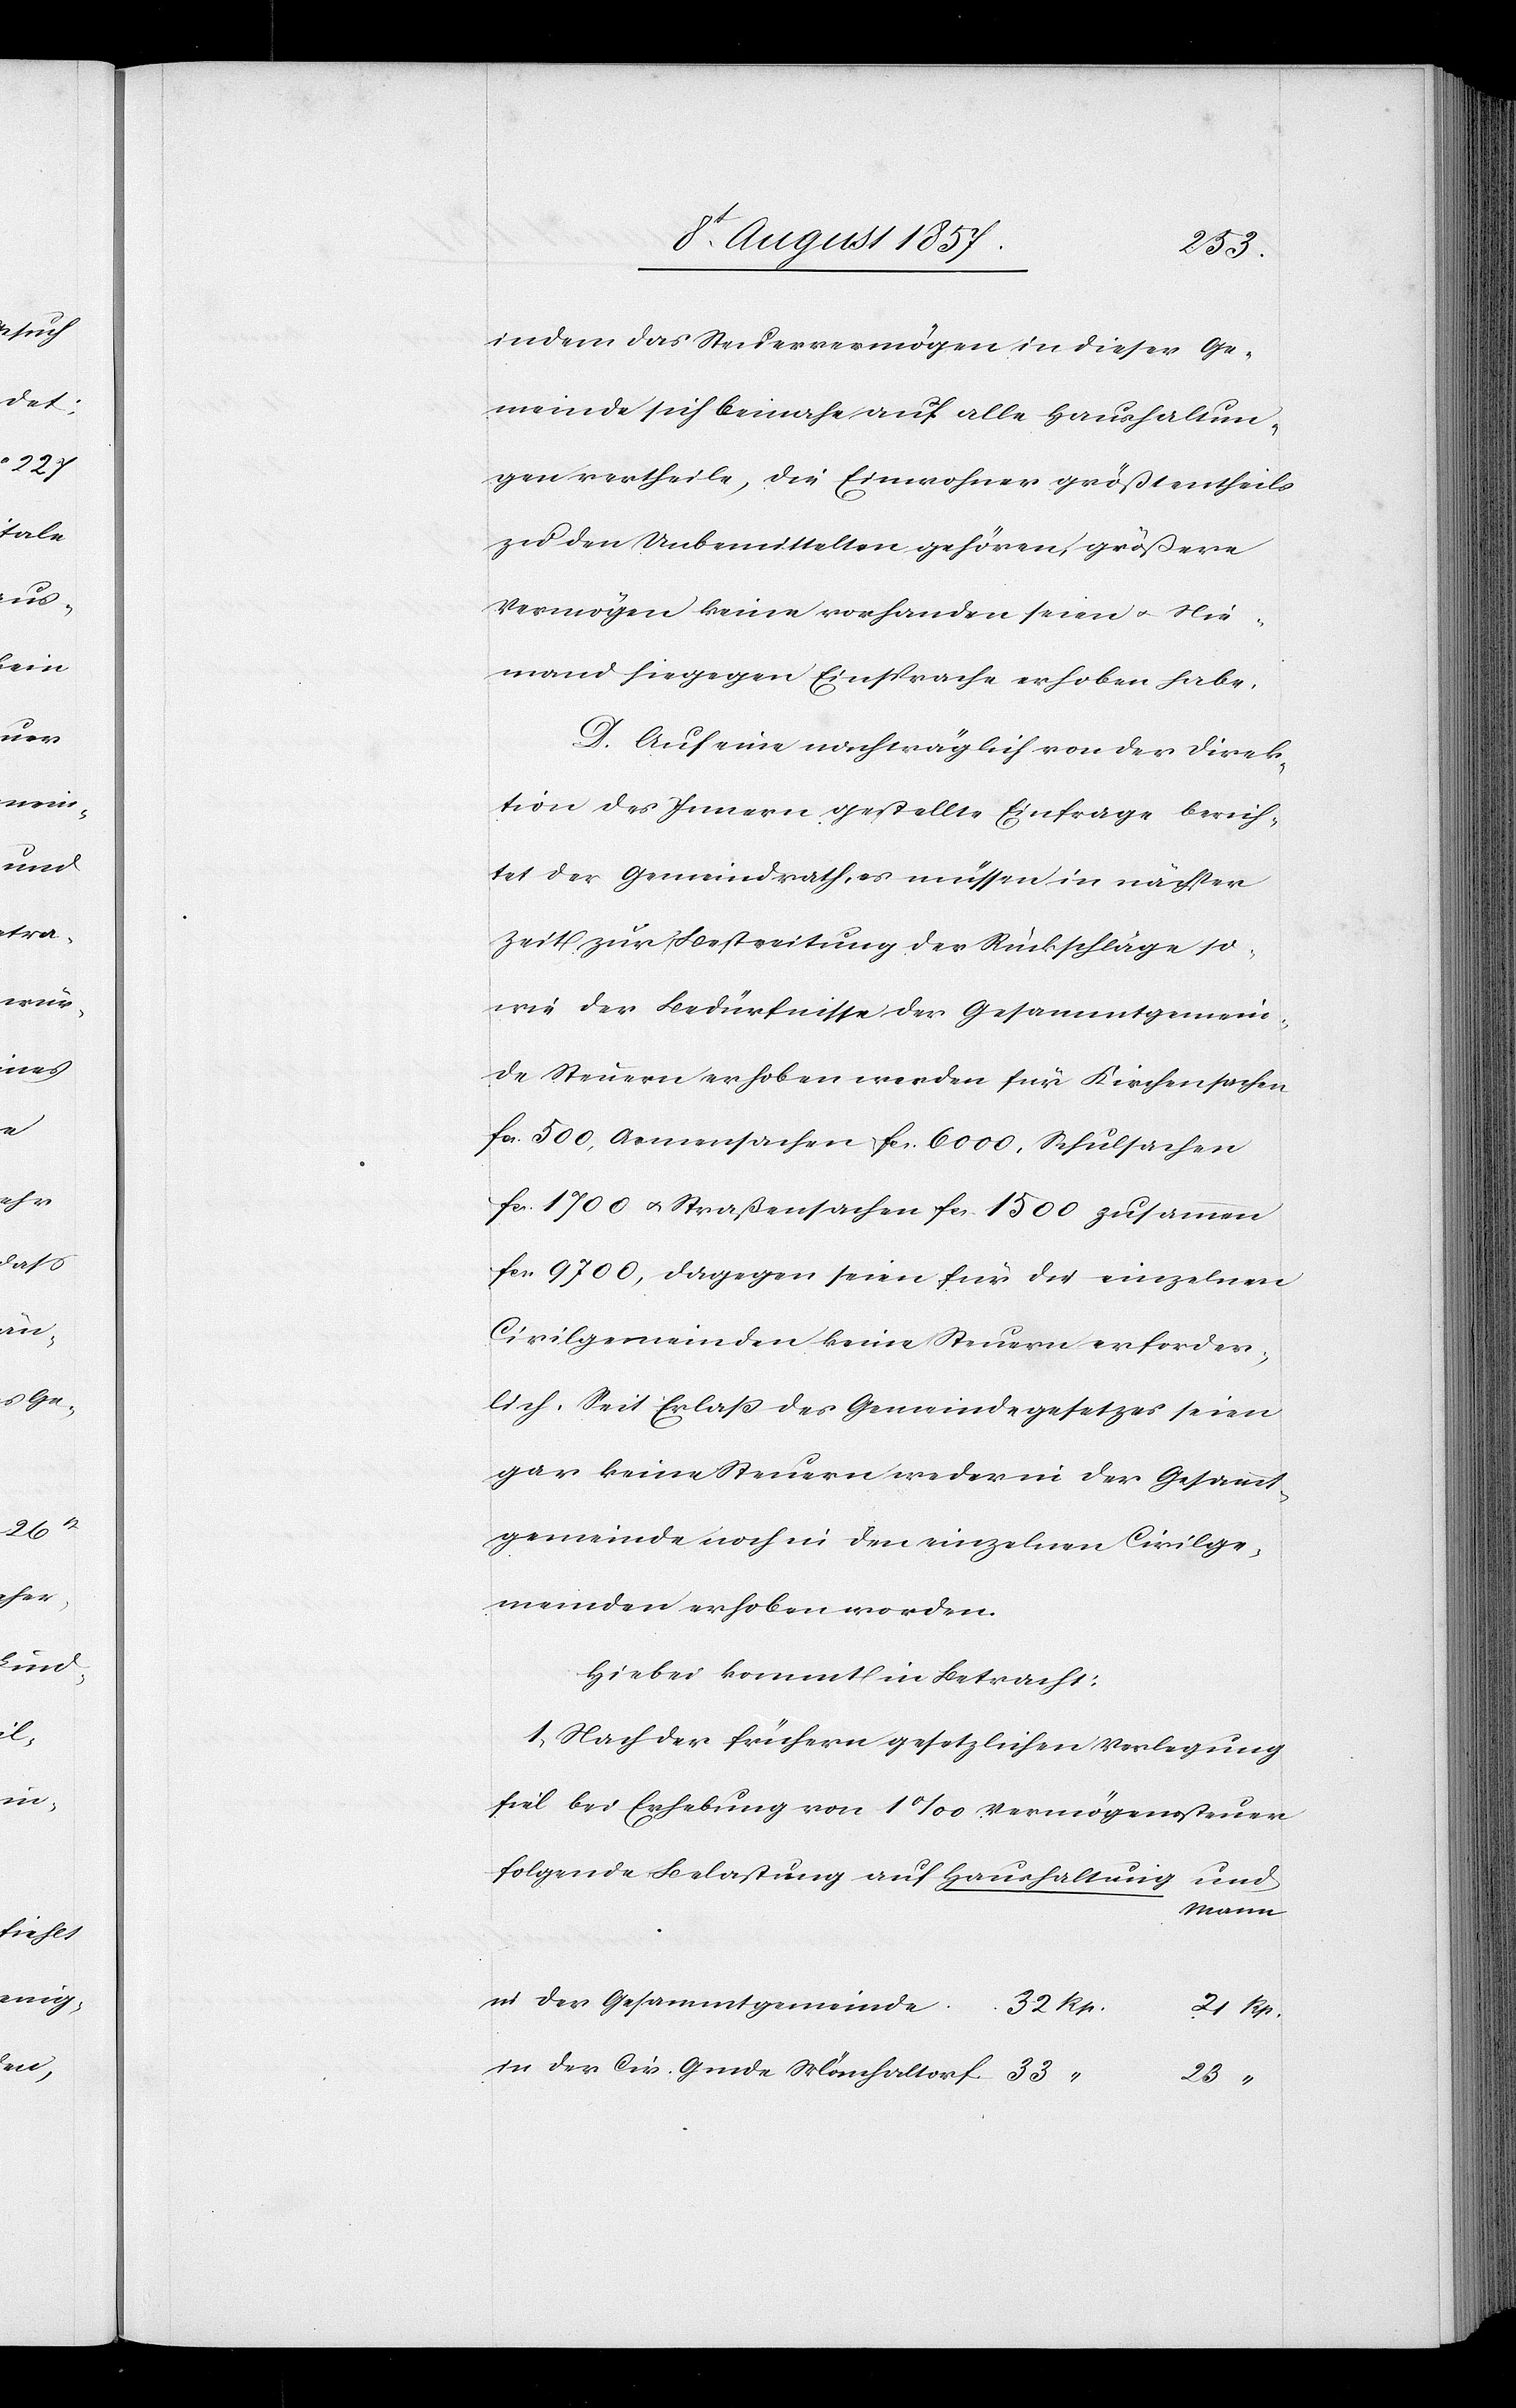
23 “
in dem das Steuervermögen in dieser Ge¬
meinde sich beinahe auf alle Haushaltun¬
gen vertheile, die Einwohner größtentheils
zu den Unbemittelten gehören, größere
Vermögen keine vorhanden seien & Nie¬
mand hiegegen Einsprache erhoben habe.
D. Auf eine nachträglich von der Direk¬
tion des Innern gestellte Einfrage berich¬
tet der Gemeindrath, es müssen in nächster
Zeit zur Bestreitung der Rückschläge so¬
wie der Bedürfnisse der Gesammtgemein¬
de Steuern erhoben werden für Kirchensachen
fcs 500, Armensachen fcs 6 000, Schulsachen
fcs 1 700 & Straßensachen fcs 1 500 zusammen
für 9 700, dagegen seien für die einzelnen
Civilgemeinden keine Steuern erforder¬
lich. Seit Erlaße des Gemeindegesetzes seien
gar keine Steuern weder in der Gesammt¬
gemeinde noch in den einzelnen Civilge¬
meinden erhoben worden.
Hiebei kommt in Betracht:
1, Nach der frühern gesetzlichen Verlegung
sei bei Erhebung von 1‰ Vermögenssteuer
folgende Belastung auf Haushaltung
und
Mann.
in der Gesammtgemeinde
32 Rp.
21 Rp.
in der Civ. Gmde Mönchaltorf